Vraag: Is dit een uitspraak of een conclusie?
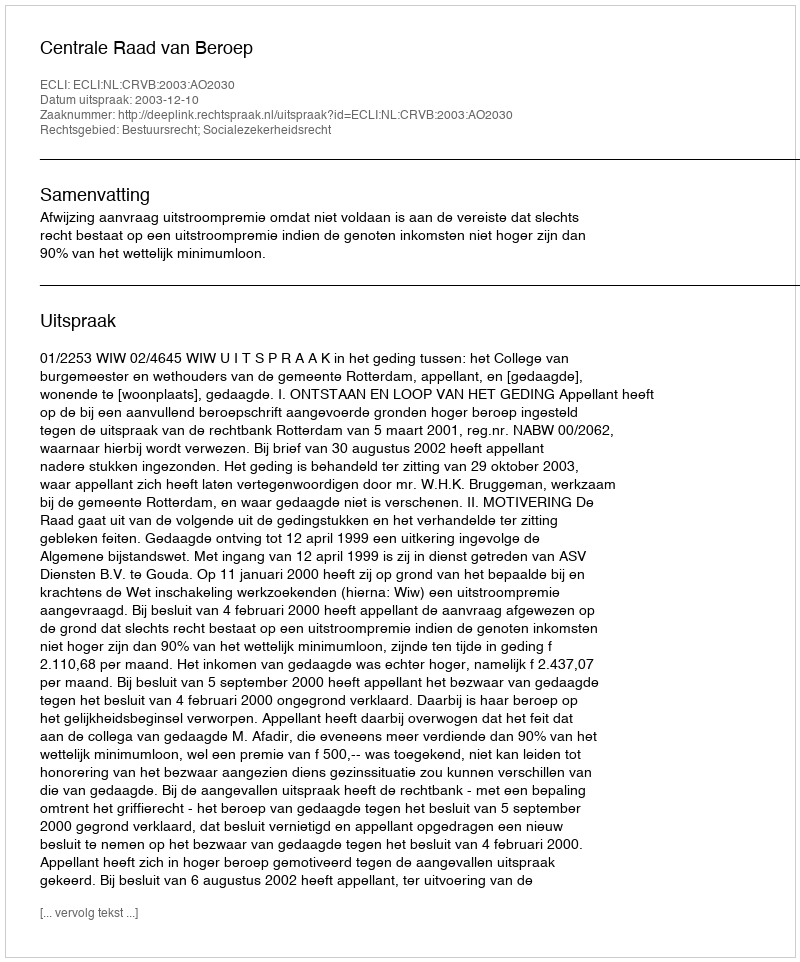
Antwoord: Uitspraak